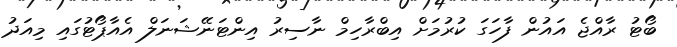
ބޯޓު ރާއްޖެ އައުން ފާހަގަ ކުރުމަށް އިބްރާހިމް ނާސިރު އިންޓަނޭޝަނަލް އެއާޕޯޓުގައި މިއަދު